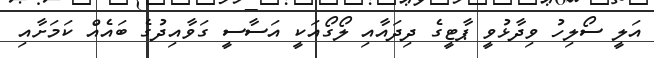
އަލީ ސޯލިހު ވިދާޅުވީ ޕާޓީގެ ދިދައާއި ލޯގޯއަކީ އަސާސީ ގަވާއިދުގެ ބައެއް ކަމަށާއި